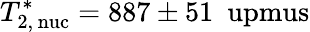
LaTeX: T_{\mathrm{2,\, nuc}}^{\ast}=887\pm 51~\mathrm{\ upmus}